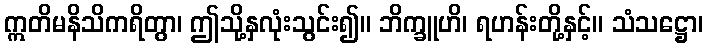
ဣတိမနိသိကရိတွာ၊ ဤသို့နှလုံးသွင်း၍။ ဘိက္ခူဟိ၊ ရဟန်းတို့နှင့်။ သံသဋ္ဌော၊